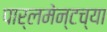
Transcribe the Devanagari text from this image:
पार्लमेन्टच्या